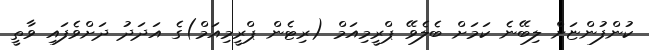
ކުންފުންޏަށް ލިބޭނެ ކަމަށް ބެލެވޭ ޕްރީމިއަމް (ރިޓެން ޕްރީމިއަމް)ގެ އަދަދު ދަށްވެފައި ވާތީ